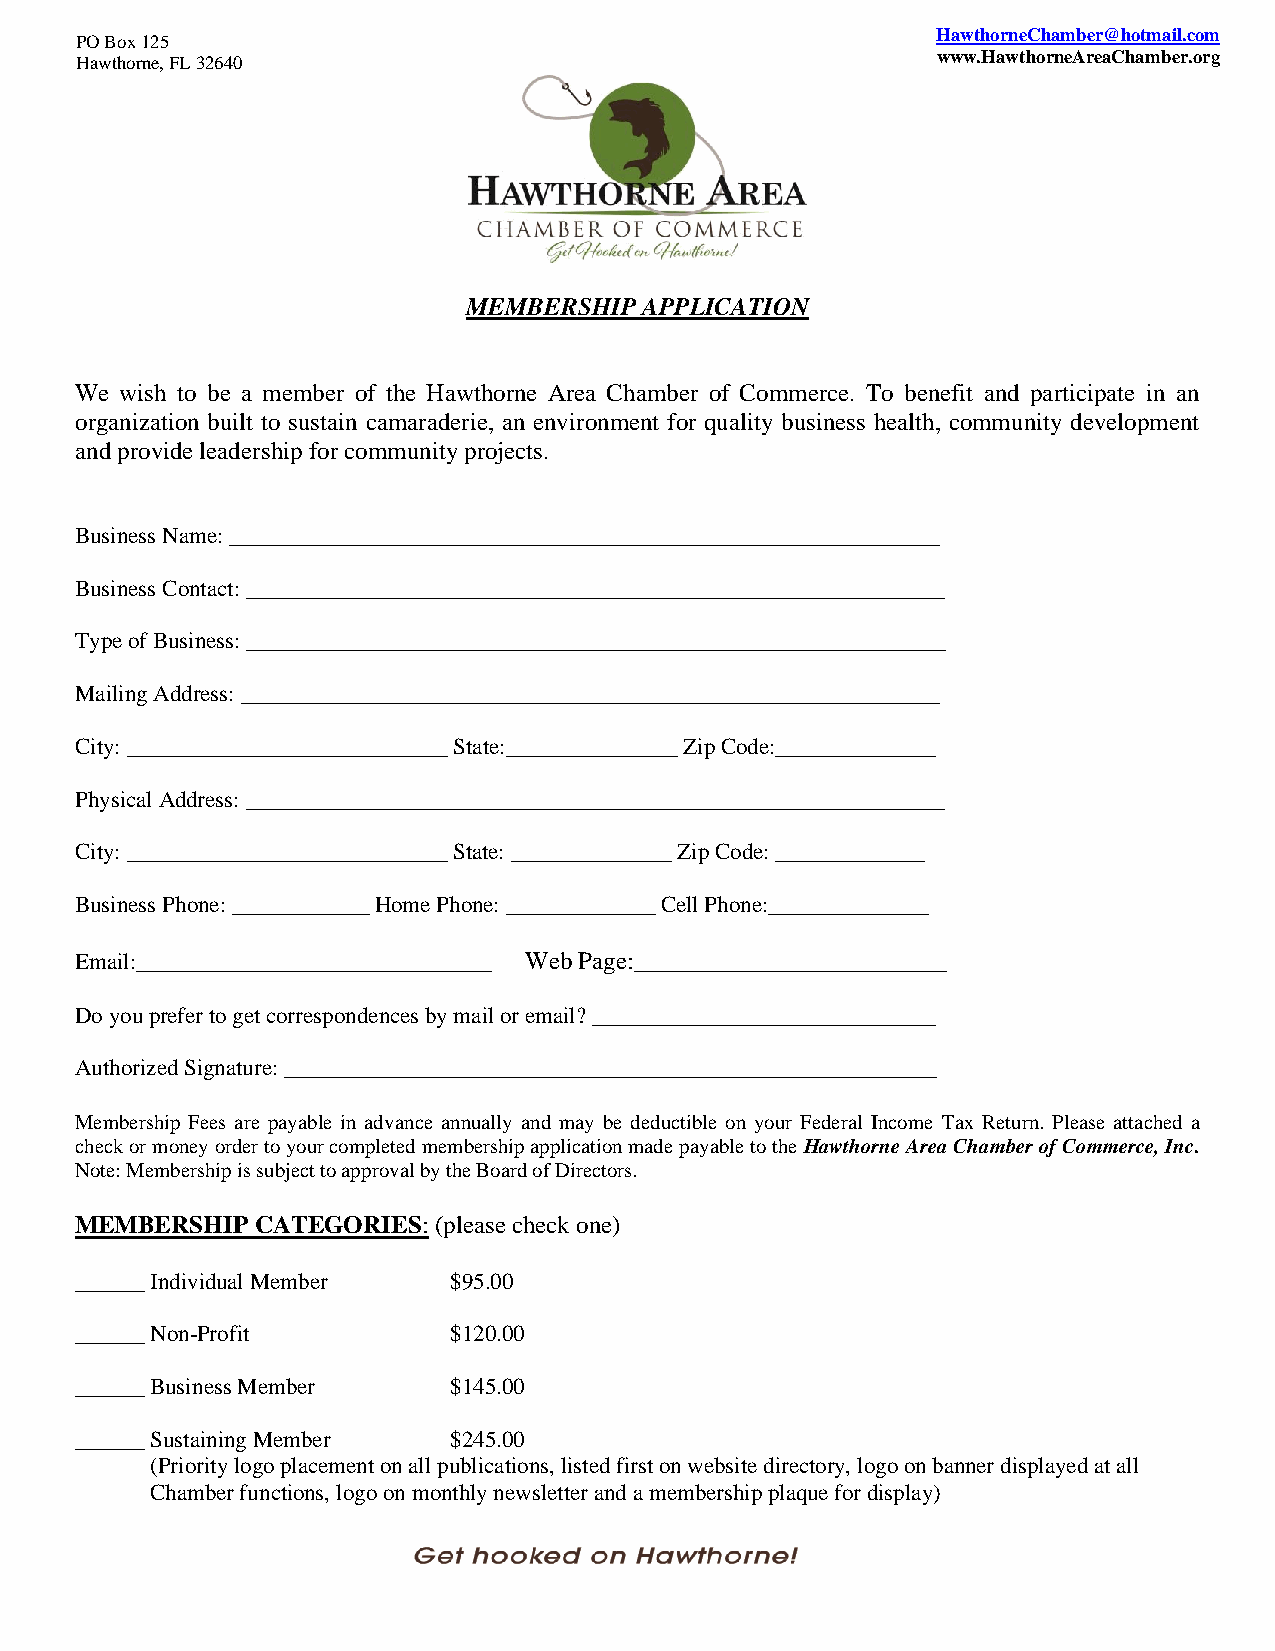
PO Box 125                                               HawthorneChamber@hotmail.com
 Hawthorne, FL 32640                                      www.HawthorneAreaChamber.org
 MEMBERSHIP  APPLICATION
 We wish to be a member of the Hawthorne Area Chamber of Commerce. To benefit and participate in an
 organization built to sustain camaraderie, an environment for quality business health, community development
 and provide leadership for community projects.
 Business Name: ______________________________________________________________
 Business Contact: _____________________________________________________________
 Type of Business: _____________________________________________________________
 Mailing Address: _____________________________________________________________
 City: ____________________________ State:_______________ Zip Code:______________
 Physical Address: _____________________________________________________________
 City: ____________________________ State: ______________ Zip Code: _____________
 Business Phone: ____________ Home Phone: _____________ Cell Phone:______________
 Email:_______________________________ Web Page:_________________________
 Do you prefer to get correspondences by mail or email? ______________________________
 Authorized Signature: _________________________________________________________
 Membership Fees are payable in advance annually and may be deductible on your Federal Income Tax Return. Please attached a
 check or money order to your completed membership application made payable to the Hawthorne Area Chamber of Commerce, Inc.
 Note: Membership is subject to approval by the Board of Directors.
 MEMBERSHIP  CATEGORIES: (please check one)
 ______ Individual Member $95.00
 ______ Non-Profit        $120.00
 ______ Business Member   $145.00
 ______ Sustaining Member $245.00
 (Priority logo placement on all publications, listed first on website directory, logo on banner displayed at all
 Chamber functions, logo on monthly newsletter and a membership plaque for display)